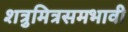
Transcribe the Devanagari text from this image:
शत्रुमित्रसमभावी